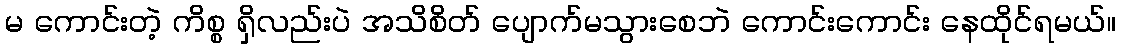
မ ကောင်းတဲ့ ကိစ္စ ရှိလည်းပဲ အသိစိတ် ပျောက်မသွားစေဘဲ ကောင်းကောင်း နေထိုင်ရမယ်။